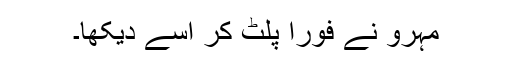
مہرو نے فوراً پلٹ کر اسے دیکھا۔